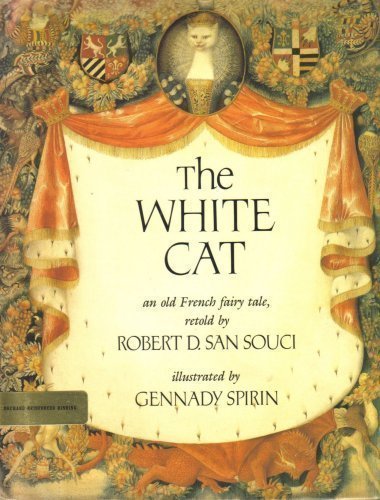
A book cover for The White Cat: An Old French Fairy Tale; Robert D. San Souci; Children's Books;